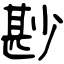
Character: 尠